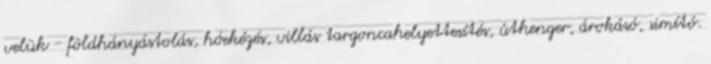
velük - földhányástolás, hóekézés, villás targoncahelyettesítés, úthenger, árokásó, simító.